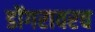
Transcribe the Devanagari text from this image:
डोंगरावरच